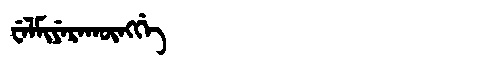
Manchu: ᠸᡝᠯᠮᡳᠶᡝᡵᠠᡴᡡᠩᡤᡝ
Romanization: WELMIYERAKŪNGGE